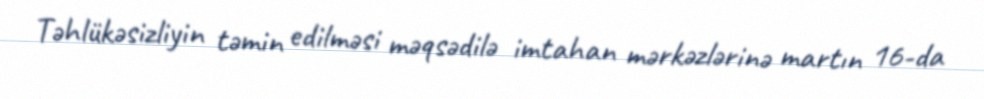
Təhlükəsizliyin təmin edilməsi məqsədilə imtahan mərkəzlərinə martın 16-da